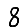
Digit: 8